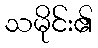
သမိုင်း၏